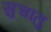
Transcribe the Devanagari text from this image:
सुचातु